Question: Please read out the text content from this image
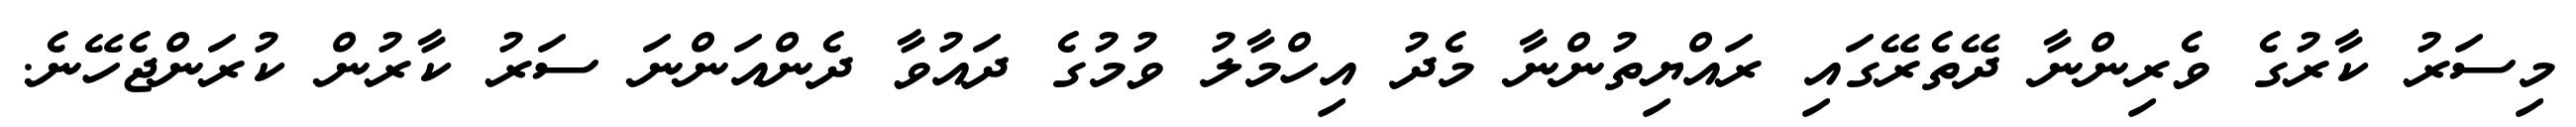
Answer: މިސަރު ކާރުގެ ވެރިންނާ ދޭތެރޭގައި ރައްޔިތުންނާ މެދު އިހްމާލު ވުމުގެ ދައުވާ ދެންއަންނަ ސަރު ކާރުން ކުރަންޖެހޭނެ.